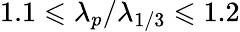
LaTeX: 1.1\leqslant\lambda_{p}/\lambda_{1/3}\leqslant 1.2